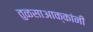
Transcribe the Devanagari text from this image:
तुळसाआक्कांनी